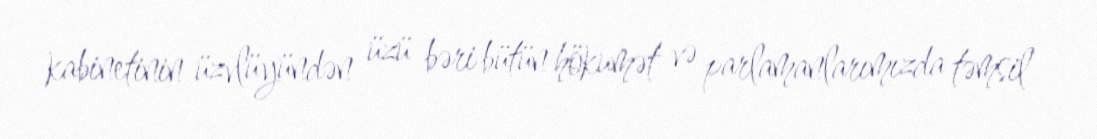
kabinetinin üzvlüyündən üzü bəri bütün hökumət və parlamanlarımızda təmsil